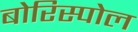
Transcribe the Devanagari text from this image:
बोरिस्पोल